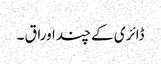
ڈائری کے چند اوراق ۔